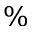
\%